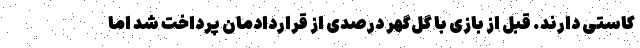
کاستی دارند. قبل از بازی با گل‌گهر درصدی از قراردادمان پرداخت شد اما